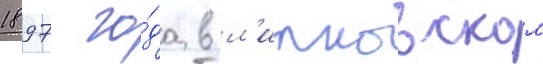
1897 го́да в л'ипновском